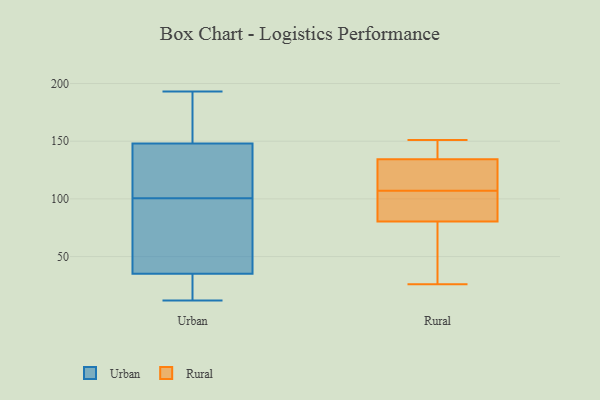
{"axis": {"x": "Waste Production (Tons)", "y": "Value"}, "legend": ["Rural", "Urban"], "data": [{"x": "", "y": 112, "type": "Urban"}, {"x": "", "y": 70, "type": "Urban"}, {"x": "", "y": 143, "type": "Urban"}, {"x": "", "y": 12, "type": "Urban"}, {"x": "", "y": 35, "type": "Urban"}, {"x": "", "y": 160, "type": "Urban"}, {"x": "", "y": 25, "type": "Urban"}, {"x": "", "y": 148, "type": "Urban"}, {"x": "", "y": 176, "type": "Urban"}, {"x": "", "y": 22, "type": "Urban"}, {"x": "", "y": 135, "type": "Urban"}, {"x": "", "y": 144, "type": "Urban"}, {"x": "", "y": 89, "type": "Urban"}, {"x": "", "y": 89, "type": "Urban"}, {"x": "", "y": 193, "type": "Urban"}, {"x": "", "y": 17, "type": "Urban"}, {"x": "", "y": 63, "type": "Urban"}, {"x": "", "y": 178, "type": "Urban"}, {"x": "", "y": 123, "type": "Rural"}, {"x": "", "y": 145, "type": "Rural"}, {"x": "", "y": 35, "type": "Rural"}, {"x": "", "y": 97, "type": "Rural"}, {"x": "", "y": 91, "type": "Rural"}, {"x": "", "y": 108, "type": "Rural"}, {"x": "", "y": 77, "type": "Rural"}, {"x": "", "y": 138, "type": "Rural"}, {"x": "", "y": 107, "type": "Rural"}, {"x": "", "y": 151, "type": "Rural"}, {"x": "", "y": 26, "type": "Rural"}]}